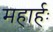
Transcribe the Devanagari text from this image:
महार्हः